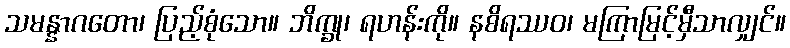
သမန္နာဂတော၊ ပြည့်စုံသော။ ဘိက္ခု၊ ရဟန်းကို။ နစိရဿဝ၊ မကြာမြင့်မှီသာလျှင်။